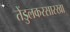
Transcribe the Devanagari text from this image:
तेंडुलकरसारखा